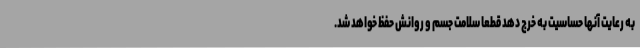
به رعایت آنها حساسیت به خرج دهد قطعا سلامت جسم و روانش حفظ خواهد شد.